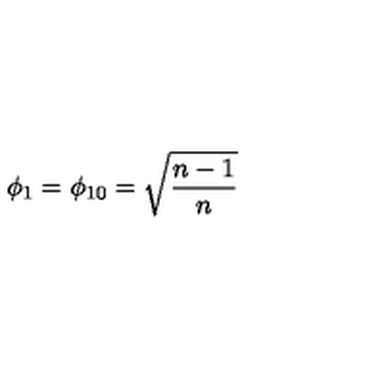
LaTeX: \phi _ { 1 } = \phi _ { 1 0 } = \sqrt { \frac { n - 1 } n }